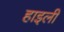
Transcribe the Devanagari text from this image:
हाइली